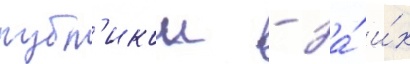
публ'икои - за́ и́х